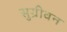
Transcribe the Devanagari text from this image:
सुग्रीवन